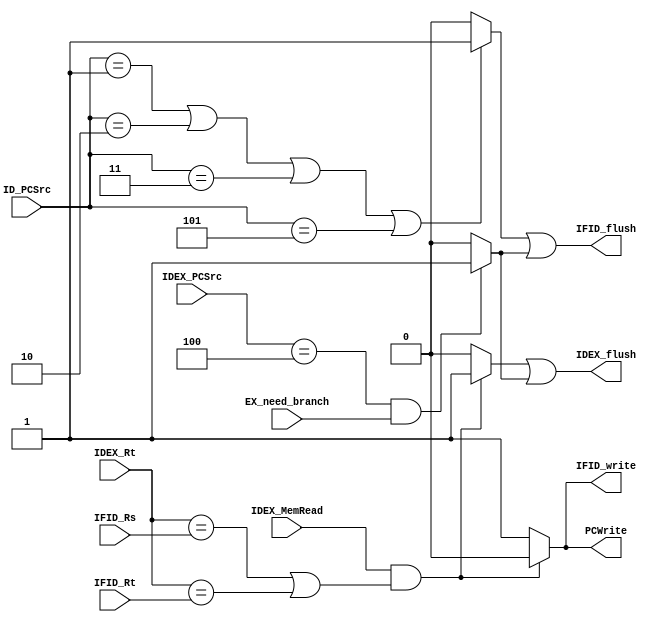
`timescale 1ns / 1ps

module HazardUnit(
				  IDEX_MemRead,
				  IDEX_Rt,
				  IFID_Rs,
				  IFID_Rt,
				  ID_PCSrc,
				  IDEX_PCSrc,
				  EX_need_branch,
				  PCWrite,
				  IFID_write,
				  IFID_flush,
				  IDEX_flush
);
	input IDEX_MemRead;
	input [4:0] IDEX_Rt;
	input [4:0] IFID_Rs;
	input [4:0] IFID_Rt;
	input [2:0] ID_PCSrc;
	input [2:0] IDEX_PCSrc;
	input EX_need_branch;
	output PCWrite;
	output IFID_write;
	output IFID_flush;
	output IDEX_flush;

	reg [2:0] PCWrite_request, IFID_write_request, IFID_flush_request, IDEX_flush_request;

	assign PCWrite = PCWrite_request[0] & PCWrite_request[1] & PCWrite_request[2];
	assign IFID_write = IFID_write_request[0] & IFID_write_request[1] & IFID_write_request[2];
	assign IFID_flush = IFID_flush_request[0] | IFID_flush_request[1] | IFID_flush_request[2];
	assign IDEX_flush = IDEX_flush_request[0] | IDEX_flush_request[1] | IDEX_flush_request[2];

    // Load-use
	always @(*) begin
		if(IDEX_MemRead == 1'b1 &&
		   (IDEX_Rt == IFID_Rs || IDEX_Rt == IFID_Rt)) 
			begin
		   		PCWrite_request[0] = 1'b0;
		   		IFID_write_request[0] = 1'b0;
		   		IDEX_flush_request[0] = 1'b1;
		   		IFID_flush_request[0] = 1'b0;
			end
		else
			begin
		   		PCWrite_request[0] = 1'b1;
		   		IFID_write_request[0] = 1'b1;
		   		IDEX_flush_request[0] = 1'b0;
		   		IFID_flush_request[0] = 1'b0;
			end
	end

    // Jump
	always @(*) begin
		if(ID_PCSrc == 3'b001 || ID_PCSrc == 3'b010 || ID_PCSrc == 3'b011 || ID_PCSrc == 3'b101) 
			begin
		   		PCWrite_request[1] = 1'b1;
		   		IFID_write_request[1] = 1'b1;
		   		IDEX_flush_request[1] = 1'b0;
		   		IFID_flush_request[1] = 1'b1;
			end
		else
			begin
		   		PCWrite_request[1] = 1'b1;
		   		IFID_write_request[1] = 1'b1;
		   		IDEX_flush_request[1] = 1'b0;
		   		IFID_flush_request[1] = 1'b0;
			end
	end

    // Branch
	always @(*) begin
		if(IDEX_PCSrc == 3'b100 && EX_need_branch == 1'b1) 
			begin
		   		PCWrite_request[2] = 1'b1;
		   		IFID_write_request[2] = 1'b1;
		   		IDEX_flush_request[2] = 1'b1;
		   		IFID_flush_request[2] = 1'b1;
			end
		else
			begin
		   		PCWrite_request[2] = 1'b1;
		   		IFID_write_request[2] = 1'b1;
		   		IDEX_flush_request[2] = 1'b0;
		   		IFID_flush_request[2] = 1'b0;
			end
	end
	
endmodule